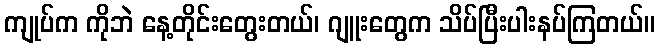
ကျုပ်က ကိုဘဲ နေ့တိုင်းတွေးတယ်၊ ဂျူးတွေက သိပ်ပြီးပါးနပ်ကြတယ်။